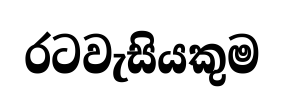
රටවැසියකුම